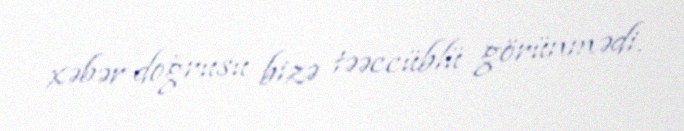
xəbər doğrusu bizə təəccüblü görünmədi.